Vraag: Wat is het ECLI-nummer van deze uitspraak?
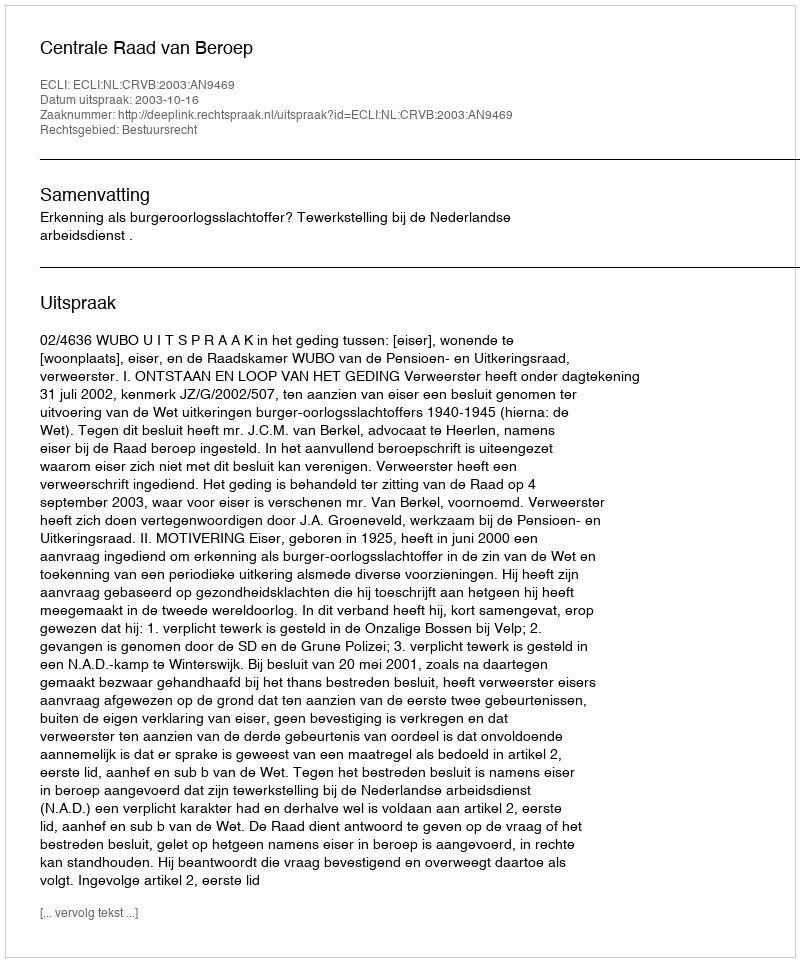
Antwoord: ECLI:NL:CRVB:2003:AN9469